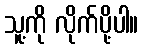
သူ့ကို လိုက်ပို့ပါ။